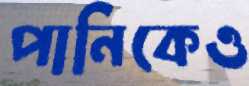
পানিকেও